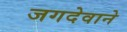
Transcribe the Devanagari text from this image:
जगदेवाने